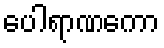
ပေါရာဏကော